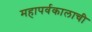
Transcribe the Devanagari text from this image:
महापर्वकालाची